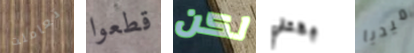
تعاملت قطعوا لكن بقتلي ميديا